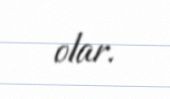
olar.